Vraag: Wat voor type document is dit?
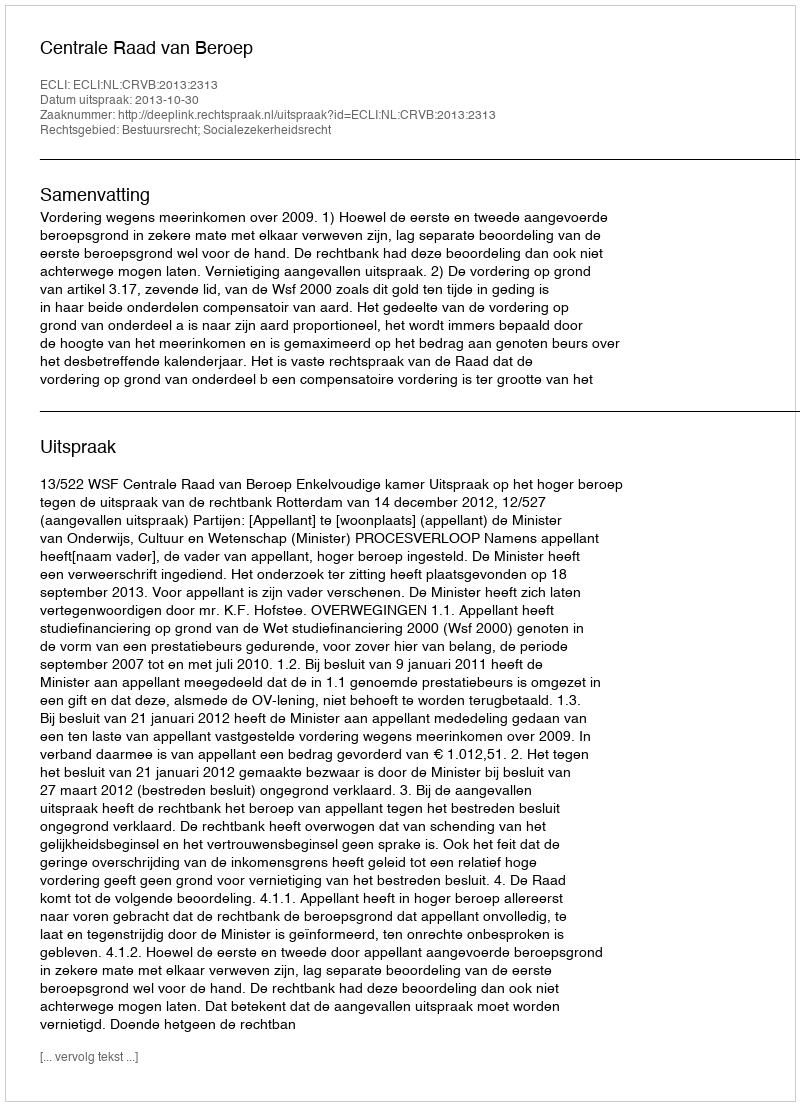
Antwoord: Uitspraak